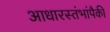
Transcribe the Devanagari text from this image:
आधारस्तंभांपैकी